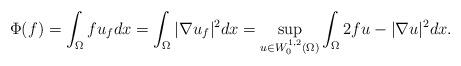
LaTeX: \begin{align*}\Phi(f)=\int_\Omega f u_fdx=\int_\Omega |\nabla u_f|^2 dx=\sup_{u\in W_0^{1,2}(\Omega)}\int_\Omega2fu-|\nabla u|^2dx.\end{align*}